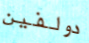
دولفين